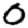
Digit: 0